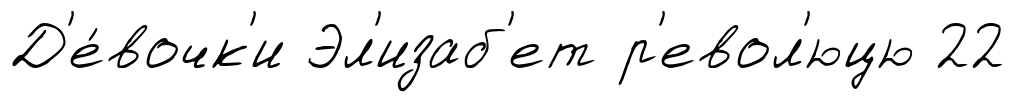
Д'е́вочк'и Эл'изаб'ет р'евол'юцю 22